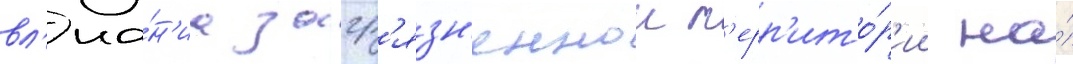
вл'иа́н'иа загр'язн'еннои т'ерр'ито́р'ии на́